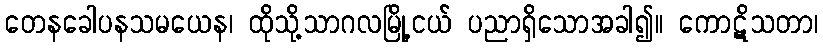
တေနခေါပနသမယေန၊ ထိုသို့သာဂလမြို့ငယ် ပညာရှိသောအခါ၍။ ကောဋိသတာ၊